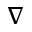
\nabla